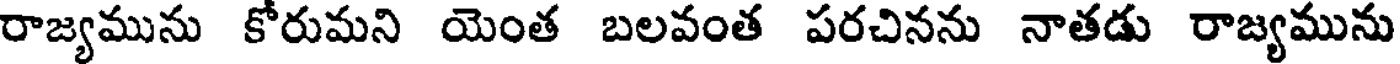
రాజ్యమును కోరుమని యెంత బలవంత పరచినను నాతడు రాజ్యమును